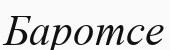
Баротсе